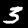
Digit: 3